system: You are a helpful assistant.
user:
Analyze the provided spectrum to determine if it is a **"Cataclysmic Variables (CV)"**.

- **Key Indicators for CV (Check for either state):**
    - **State 1: Quiescent / Low-State (Emission-Dominated)**
        - **(Primary):** Strong and *very broad* Hydrogen Balmer emission lines (e.g., $H\alpha$ at 6563 Å, $H\beta$ at 4861 Å). The 'broadness' (high velocity dispersion, often FWHM > 1000 km/s) is the key diagnostic, indicating a high-velocity accretion disk.
        - **(Secondary):** Broad neutral Helium (He I) emission lines (e.g., 5876 Å, 6678 Å).
        - **(Key Confirmation):** Presence of high-excitation *ionized* Helium (He II) emission at 4686 Å. This is a strong indicator of accretion onto a white dwarf.
        - **(Line Profile):** Emission lines may exhibit a 'double-peaked' profile, which is a classic signature of a rotating accretion disk viewed at high inclination.

    - **State 2: Outburst / High-State (Absorption-Dominated)**
        - **(Primary):** Spectrum is dominated by a bright, blue continuum (looks like a hot star).
        - **(Secondary):** The emission lines from State 1 are weak, absent, or 'filled in', and are replaced by broad, shallow *absorption* lines (primarily Balmer and He I).
        - **(Morphology):** The overall spectrum mimics a hot B/A-type star. The crucial difference is that the absorption lines are significantly broader, shallower, and more 'washed-out' (or 'smeared') than the sharp lines of a normal stellar photosphere, due to high rotational speeds and pressure broadening in the disk.

Think first, call **spectral_visualization_tool** if needed to examine features in detail, then provide your final answer. Your response must adhere to the following strict rules:
1.  **Overall Structure:** Your response must follow the format `<think>...</think> <tool_call>...</tool_call> (if a tool is used) <answer>...</answer>`.
2.  **Tool Usage Constraint:** You may only make **one** tool call per turn.
3.  **Final Answer Format:** In the `<answer>` tag, your conclusion must be inside a `\boxed{}` command (e.g., `\boxed{YES}`), followed by your justification.

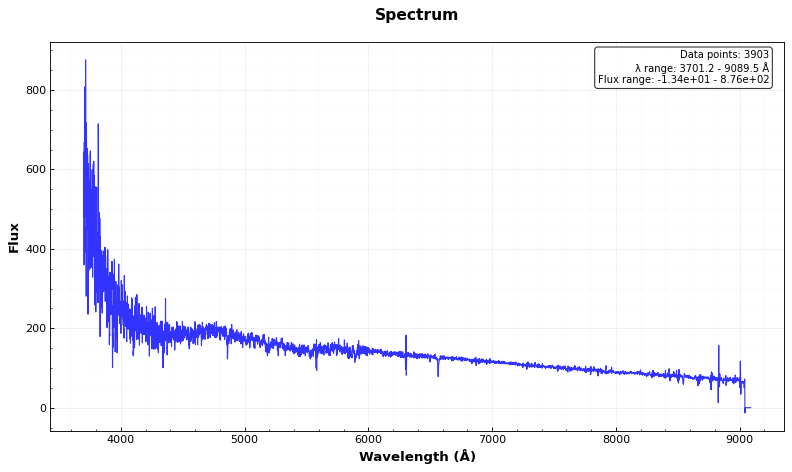
Answer: NO